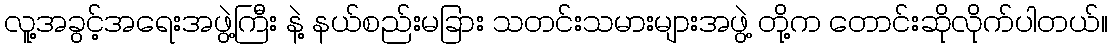
လူ့အခွင့်အရေးအဖွဲ့ကြီး နဲ့ နယ်စည်းမခြား သတင်းသမားများအဖွဲ့ တို့က တောင်းဆိုလိုက်ပါတယ်။